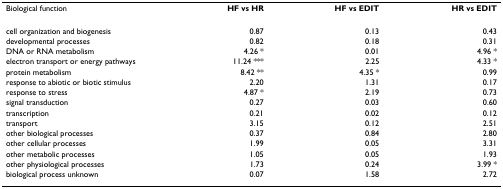
<table><thead><tr><td><b>Biological function</b></td><td><b>HF vs HR</b></td><td><b>HF vs EDIT</b></td><td><b>HR vs EDIT</b></td></tr></thead><tbody><tr><td>cell organization and biogenesis</td><td>0.87</td><td>0.13</td><td>0.43</td></tr><tr><td>developmental processes</td><td>0.82</td><td>0.18</td><td>0.31</td></tr><tr><td>DNA or RNA metabolism</td><td>4.26 *</td><td>0.01</td><td>4.96 *</td></tr><tr><td>electron transport or energy pathways</td><td>11.24 ***</td><td>2.25</td><td>4.33 *</td></tr><tr><td>protein metabolism</td><td>8.42 **</td><td>4.35 *</td><td>0.99</td></tr><tr><td>response to abiotic or biotic stimulus</td><td>2.20</td><td>1.31</td><td>0.17</td></tr><tr><td>response to stress</td><td>4.87 *</td><td>2.19</td><td>0.73</td></tr><tr><td>signal transduction</td><td>0.27</td><td>0.03</td><td>0.60</td></tr><tr><td>transcription</td><td>0.21</td><td>0.02</td><td>0.12</td></tr><tr><td>transport</td><td>3.15</td><td>0.12</td><td>2.51</td></tr><tr><td>other biological processes</td><td>0.37</td><td>0.84</td><td>2.80</td></tr><tr><td>other cellular processes</td><td>1.99</td><td>0.05</td><td>3.31</td></tr><tr><td>other metabolic processes</td><td>1.05</td><td>0.05</td><td>1.93</td></tr><tr><td>other physiological processes</td><td>1.73</td><td>0.24</td><td>3.99 *</td></tr><tr><td>biological process unknown</td><td>0.07</td><td>1.58</td><td>2.72</td></tr></tbody></table>